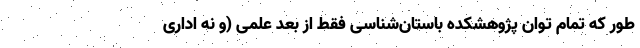
طور که تمام توان پژوهشکده باستان‌شناسی فقط از بُعد علمی (و نه اداری